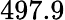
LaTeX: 497.9